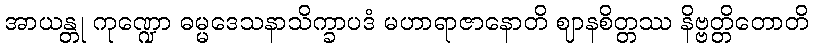
အာယန္တု ကုဏ္ဍော ဓမ္မဒေသနာသိက္ခာပဒံ မဟာရာဇာနောတိ ဈာနစိတ္တဿ နိဗ္ဗတ္တိတောတိ